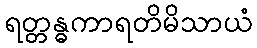
ရတ္တန္ဓကာရတိမိသာယံ